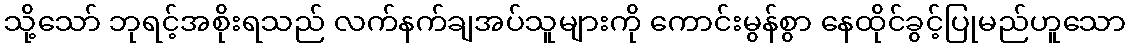
သို့သော် ဘုရင့်အစိုးရသည် လက်နက်ချအပ်သူများကို ကောင်းမွန်စွာ နေထိုင်ခွင့်ပြုမည်ဟူသော